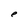
Character: e